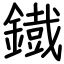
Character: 鐡